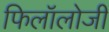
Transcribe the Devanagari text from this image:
फिलॉलोजी